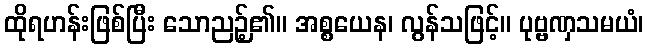
ထိုရဟန်းဖြစ်ပြီး သောညဉ့်၏။ အစ္စယေန၊ လွန်သဖြင့်။ ပုဗ္ဗဏှသမယံ၊